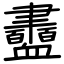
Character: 衋